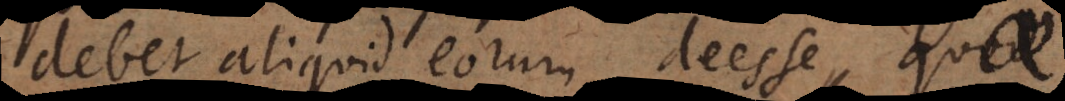
aliquid eorum deesse, quae